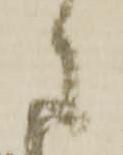
々